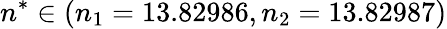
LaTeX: n^{*}\in(n_{1}=13.82986,n_{2}=13.82987)